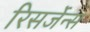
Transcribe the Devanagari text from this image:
रिसर्जेन्स